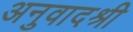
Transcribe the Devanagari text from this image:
अनुवादश्री